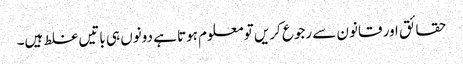
حقائق اور قانون سے رجوع کریں تو معلوم ہوتا ہے دونوں ہی باتیں غلط ہیں۔